system: You are a helpful assistant.
user:
Analyze the provided spectrum to determine if it is a **M-type Giant (gM)**.

A M-type Giant spectrum is defined by its **strong molecular absorption** features, particularly from **Titanium Oxide (TiO)**. You must check for one of the following mutually exclusive signatures:

- **Key Visual Indicators (Absorption-Dominated Spectrum):**

    - **(Primary):** The spectrum is dominated by strong molecular absorption from **Titanium Oxide (TiO)**. This is the **defining feature** of its M-type temperature class.
        - **(Key Bandheads):** Look for sharp, "saw-tooth" absorption valleys. The strongest are located near **~7050 Å**, **~6160 Å**, and **~5170 Å**.
        - **(Line Profile):** The "saw-tooth" morphology is critical: a **sharp, steep drop on the BLUE (short-wavelength) side** of the bandhead, followed by a gradual recovery (rising flux) towards the RED (long-wavelength) side.

    - **(Key Confirmation - Giant vs. Dwarf):** **ABSENCE** of strong **Calcium Hydride (CaH)** molecular bands. This is the primary diagnostic for *excluding* M-dwarfs.
        - **(Key Region):** The spectrum should lack the strong, broad absorption band seen in dwarfs between **~6800 Å and ~7000 Å**.

    - **(Secondary Confirmation - Giant):** A very strong and broad **Neutral Calcium (Ca I)** atomic absorption line.
        - **(Key Line):** Located at **~4226 Å**. In a giant (gM), this line is significantly deeper and broader than the same line in an M-dwarf (dM) due to low surface gravity.

    - **(Overall Spectrum):**
        - The continuum is **extremely red-sloping** (i.e., flux is very low in the blue and rises dramatically towards the red).
        - The entire spectrum appears "chopped up" by the deep TiO bands.

Think first, call **spectral_visualization_tool** if needed to examine features in detail, then provide your final answer. Your response must adhere to the following strict rules:
1.  **Overall Structure:** Your response must follow the format `<think>...</think> <tool_call>...</tool_call> (if a tool is used) <answer>...</answer>`.
2.  **Tool Usage Constraint:** You may only make **one** tool call per turn.
3.  **Final Answer Format:** In the `<answer>` tag, your conclusion must be inside a `\boxed{}` command (e.g., `\boxed{YES}` or `\boxed{NO}`), followed by your justification.

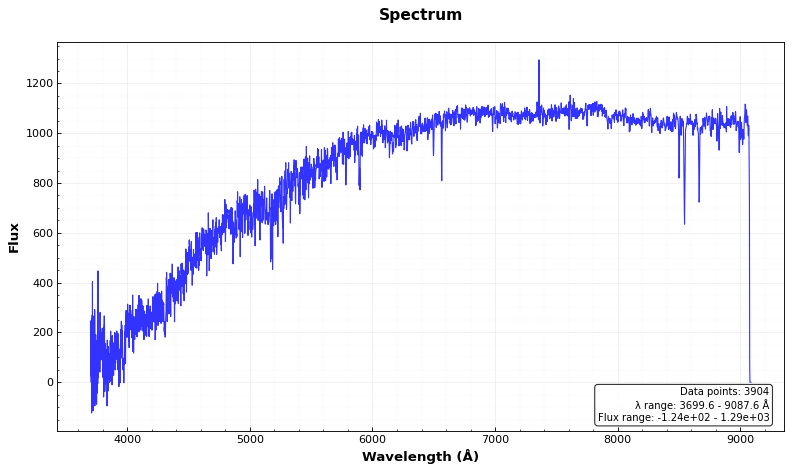
Answer: NO